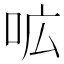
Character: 𭇗